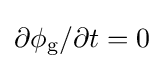
\partial \phi _{\text{g}}/\partial t=0